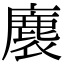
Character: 𮭴